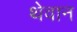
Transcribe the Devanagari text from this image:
थेवान